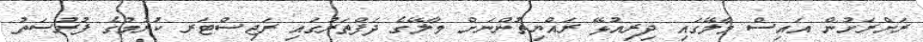
ރަށްރަށުން އައިސް މާލޭގައި ދިރިއުޅޭ ރައްޔިތުންނަށް މާލޭގެ ދަފްތަރުގައި ރަޖިސްޓަރ ކުރުމުގެ ފުރުޞަތު